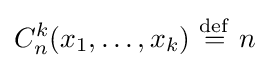
C_{n}^{k}(x_{1},\ldots ,x_{k})\ {\stackrel {\mathrm {def} }{=}}\ n